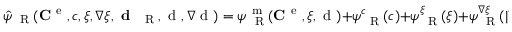
\hat { \psi } _ { \mathrm { ~ \tiny ~ R ~ } } ( { \bf C } ^ { \mathrm { ~ e ~ } } , c , \xi , \nabla \xi , \textbf { d } _ { \mathrm { ~ \tiny ~ R ~ } } , \mathrm { ~ d ~ } , \nabla \mathrm { ~ d ~ } ) = \psi _ { \mathrm { ~ \tiny ~ R ~ } } ^ { \mathrm { ~ m ~ } } ( { \bf C } ^ { \mathrm { ~ e ~ } } , \xi , \mathrm { ~ d ~ } ) + \psi _ { \mathrm { ~ \tiny ~ R ~ } } ^ { c } ( c ) + \psi _ { \mathrm { ~ \tiny ~ R ~ } } ^ { \xi } ( \xi ) + \psi _ { \mathrm { ~ \tiny ~ R ~ } } ^ { \nabla \xi } ( | \nabla \xi | ) + \psi _ { \mathrm { ~ \tiny ~ R ~ } } ^ { e } ( { \bf C } ^ { \mathrm { ~ e ~ } } , \xi , \textbf { d } _ { \mathrm { ~ \tiny ~ R ~ } } ) + \psi _ { \mathrm { ~ \tiny ~ R ~ } } ^ { \mathrm { ~ d ~ } } ( | \nabla \mathrm { ~ d ~ } | )